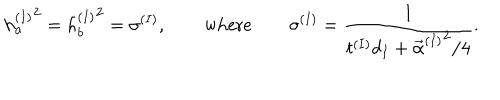
\left. h _ { a } ^ { ( I ) } \right. ^ { 2 } = \left. h _ { b } ^ { ( I ) } \right. ^ { 2 } = \sigma ^ { ( I ) } , \qquad \mathrm { w h e r e } \qquad \sigma ^ { ( I ) } = \frac { 1 } { t ^ { ( I ) } d _ { I } + \left. \vec { \alpha } ^ { ( I ) } \right. ^ { 2 } / 4 } .